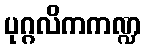
ပုဂ္ဂလိကကဏ္ဍ